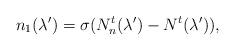
LaTeX: \begin{align*}{n_1}(\lambda')=\sigma(N^t_n(\lambda')-N^t(\lambda')),\end{align*}